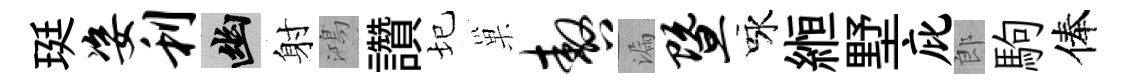
珽姿利幽射鴻讚圮巢嗷漏暨咏縆墅庇郎駒俸